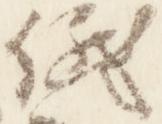
儀